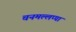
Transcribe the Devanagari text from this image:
चनमल्लप्पा